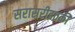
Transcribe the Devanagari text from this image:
सरासरीइतकी